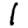
Digit: 1